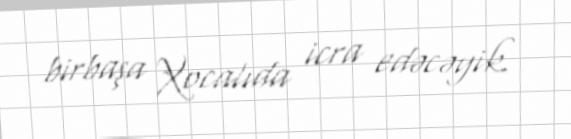
birbaşa Xocalıda icra edəcəyik.